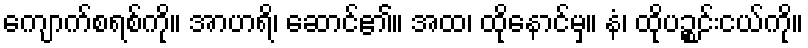
ကျောက်စရစ်ကို။ အာဟရိ၊ ဆောင်၏။ အထ၊ ထိုနောင်မှ။ နံ၊ ထိုပဉ္စင်းငယ်ကို။